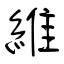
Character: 維